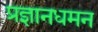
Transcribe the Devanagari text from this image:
प्रज्ञानधमन